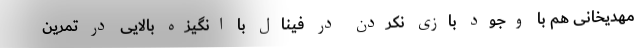
مهدیخانی هم با وجود بازی نکردن در فینال با انگیزه بالایی در تمرین